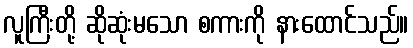
လူကြီးတို့ ဆိုဆုံးမသော စကားကို နားထောင်သည်။